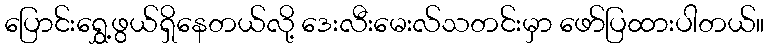
ပြောင်းရွှေ့ဖွယ်ရှိနေတယ်လို့ ဒေးလီးမေးလ်သတင်းမှာ ဖော်ပြထားပါတယ်။